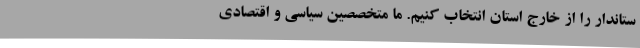
ستاندار را از خارج استان انتخاب کنیم. ما متخصصین سیاسی و اقتصادی